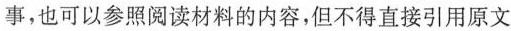
事,也可以参照阅读材料的内容,但不得直接引用原文